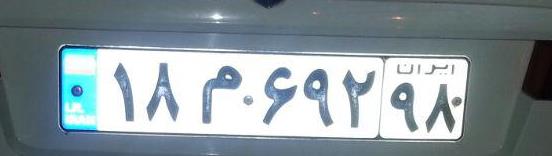
۱۸م۶۹۲۹۸